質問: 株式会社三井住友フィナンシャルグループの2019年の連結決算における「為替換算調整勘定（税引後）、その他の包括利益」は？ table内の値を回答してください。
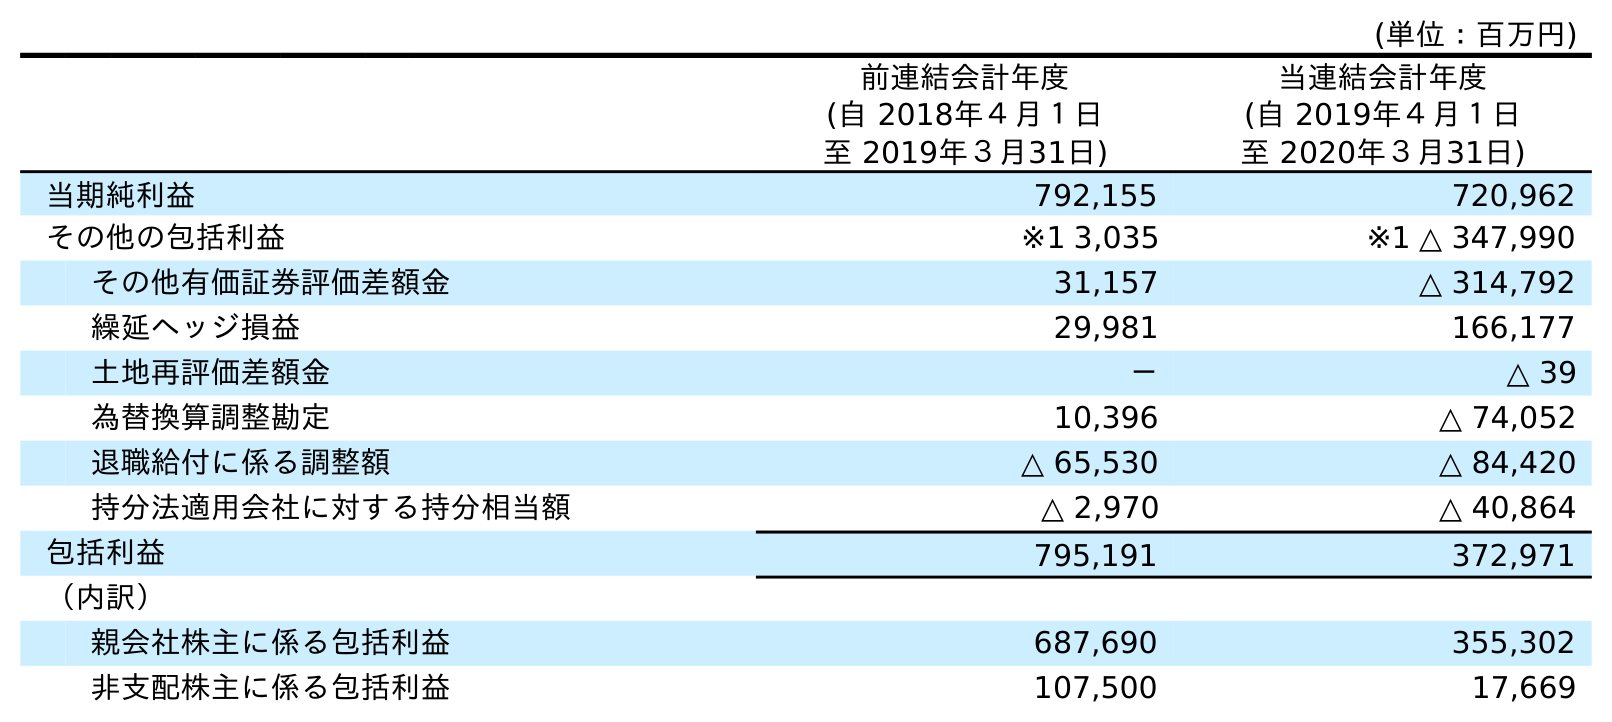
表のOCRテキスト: (単位：百万円) 前連結会計年度 (自 2018年４月１日 至 2019年３月31日) 当連結会計年度 (自 2019年４月１日 至 2020年３月31日) 当期純利益 792,155 720,962 その他の包括利益 ※1 3,035 ※1 △ 347,990 その他有価証券評価差額金 31,157 △ 314,792 繰延ヘッジ損益 29,981 166,177 土地再評価差額金 － △ 39 為替換算調整勘定 10,396 △ 74,052 退職給付に係る調整額 △ 65,530 △ 84,420 持分法適用会社に対する持分相当額 △ 2,970 △ 40,864 包括利益 795,191 372,971 （内訳） 親会社株主に係る包括利益 687,690 355,302 非支配株主に係る包括利益 107,500 17,669
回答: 10,396